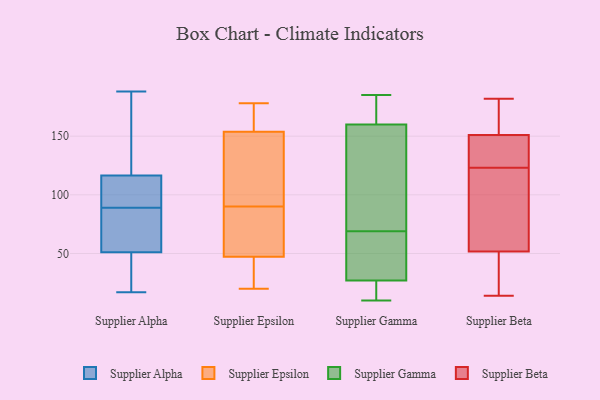
{"axis": {"x": "Revenue (USD Million)", "y": "Value"}, "legend": ["Supplier Alpha", "Supplier Beta", "Supplier Epsilon", "Supplier Gamma"], "data": [{"x": "", "y": 89, "type": "Supplier Alpha"}, {"x": "", "y": 165, "type": "Supplier Alpha"}, {"x": "", "y": 17, "type": "Supplier Alpha"}, {"x": "", "y": 26, "type": "Supplier Alpha"}, {"x": "", "y": 147, "type": "Supplier Alpha"}, {"x": "", "y": 89, "type": "Supplier Alpha"}, {"x": "", "y": 188, "type": "Supplier Alpha"}, {"x": "", "y": 120, "type": "Supplier Alpha"}, {"x": "", "y": 47, "type": "Supplier Alpha"}, {"x": "", "y": 112, "type": "Supplier Alpha"}, {"x": "", "y": 30, "type": "Supplier Alpha"}, {"x": "", "y": 112, "type": "Supplier Alpha"}, {"x": "", "y": 45, "type": "Supplier Alpha"}, {"x": "", "y": 98, "type": "Supplier Alpha"}, {"x": "", "y": 66, "type": "Supplier Alpha"}, {"x": "", "y": 85, "type": "Supplier Alpha"}, {"x": "", "y": 78, "type": "Supplier Alpha"}, {"x": "", "y": 131, "type": "Supplier Alpha"}, {"x": "", "y": 113, "type": "Supplier Alpha"}, {"x": "", "y": 55, "type": "Supplier Alpha"}, {"x": "", "y": 90, "type": "Supplier Epsilon"}, {"x": "", "y": 168, "type": "Supplier Epsilon"}, {"x": "", "y": 129, "type": "Supplier Epsilon"}, {"x": "", "y": 34, "type": "Supplier Epsilon"}, {"x": "", "y": 55, "type": "Supplier Epsilon"}, {"x": "", "y": 48, "type": "Supplier Epsilon"}, {"x": "", "y": 178, "type": "Supplier Epsilon"}, {"x": "", "y": 161, "type": "Supplier Epsilon"}, {"x": "", "y": 157, "type": "Supplier Epsilon"}, {"x": "", "y": 62, "type": "Supplier Epsilon"}, {"x": "", "y": 117, "type": "Supplier Epsilon"}, {"x": "", "y": 47, "type": "Supplier Epsilon"}, {"x": "", "y": 142, "type": "Supplier Epsilon"}, {"x": "", "y": 70, "type": "Supplier Epsilon"}, {"x": "", "y": 20, "type": "Supplier Epsilon"}, {"x": "", "y": 37, "type": "Supplier Epsilon"}, {"x": "", "y": 173, "type": "Supplier Epsilon"}, {"x": "", "y": 20, "type": "Supplier Epsilon"}, {"x": "", "y": 144, "type": "Supplier Epsilon"}, {"x": "", "y": 160, "type": "Supplier Gamma"}, {"x": "", "y": 27, "type": "Supplier Gamma"}, {"x": "", "y": 185, "type": "Supplier Gamma"}, {"x": "", "y": 85, "type": "Supplier Gamma"}, {"x": "", "y": 164, "type": "Supplier Gamma"}, {"x": "", "y": 101, "type": "Supplier Gamma"}, {"x": "", "y": 10, "type": "Supplier Gamma"}, {"x": "", "y": 53, "type": "Supplier Gamma"}, {"x": "", "y": 14, "type": "Supplier Gamma"}, {"x": "", "y": 165, "type": "Supplier Gamma"}, {"x": "", "y": 85, "type": "Supplier Gamma"}, {"x": "", "y": 40, "type": "Supplier Gamma"}, {"x": "", "y": 10, "type": "Supplier Gamma"}, {"x": "", "y": 27, "type": "Supplier Gamma"}, {"x": "", "y": 26, "type": "Supplier Beta"}, {"x": "", "y": 57, "type": "Supplier Beta"}, {"x": "", "y": 50, "type": "Supplier Beta"}, {"x": "", "y": 156, "type": "Supplier Beta"}, {"x": "", "y": 182, "type": "Supplier Beta"}, {"x": "", "y": 173, "type": "Supplier Beta"}, {"x": "", "y": 89, "type": "Supplier Beta"}, {"x": "", "y": 20, "type": "Supplier Beta"}, {"x": "", "y": 94, "type": "Supplier Beta"}, {"x": "", "y": 167, "type": "Supplier Beta"}, {"x": "", "y": 126, "type": "Supplier Beta"}, {"x": "", "y": 14, "type": "Supplier Beta"}, {"x": "", "y": 90, "type": "Supplier Beta"}, {"x": "", "y": 129, "type": "Supplier Beta"}, {"x": "", "y": 20, "type": "Supplier Beta"}, {"x": "", "y": 129, "type": "Supplier Beta"}, {"x": "", "y": 123, "type": "Supplier Beta"}, {"x": "", "y": 167, "type": "Supplier Beta"}, {"x": "", "y": 136, "type": "Supplier Beta"}]}